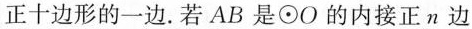
正十边形的一边。若AB是\odot O的内接正n边